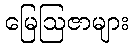
မြေဩဇာများ